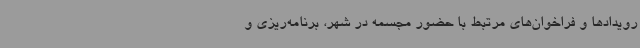
رویدادها و فراخوان‌های مرتبط با حضور مجسمه در شهر، برنامه‌ریزی و